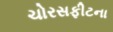
ચોરસફીટના